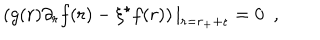
\left( g ( r ) \partial _ { r } f ( r ) - \xi ^ { \star } f ( r ) \right) | _ { r = r _ { + } + \epsilon } = 0 ~ ~ ,